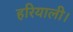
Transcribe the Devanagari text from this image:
हरियाली।